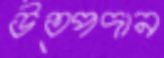
উত্পদান